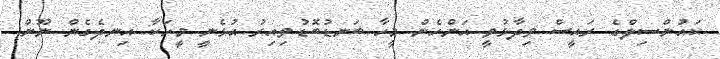
ކައުންސިލްގެ ރައީސް ވިދާޅުވީ އަންހެން މީހާ ބަނޑުބޮޑުވިއިރު އުޅެނީ މީހަކާ އިނދެގެން ނޫން